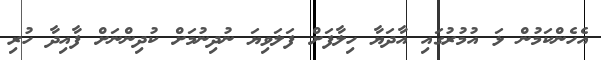
އެހެންކަމުން ޅަ އުމުރުގައި އާދަޔާ ހިލާފަށް ފަލަވިޔަ ނުދިނުމަށް ކުދިންނަށް ފާއިދާ ހުރި